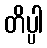
တိပ္ပါ